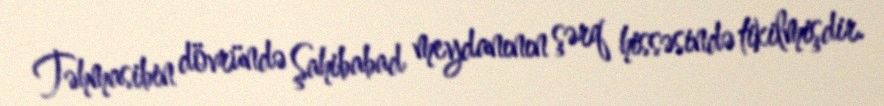
Təhmasibin dövründə Şahibabad meydanının şərq hissəsində tikilmişdir.